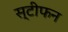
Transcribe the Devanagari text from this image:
स्‍टीफन